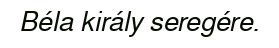
Béla király seregére.